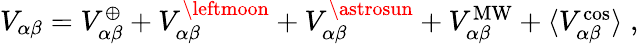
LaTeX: \begin{array}{r}{V_{\alpha\beta}=V_{\alpha\beta}^{\oplus}+V_{\alpha\beta}^{\leftmoon}+V_{\alpha\beta}^{\astrosun}+V_{\alpha\beta}^{\mathrm{MW}}+\langle V_{\alpha\beta}^{\mathrm{cos}}\rangle\; ,}\end{array}